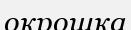
окрошка